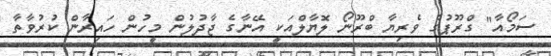
ސަމޯއާ" ގްރޫޕުގެ ވެރިޔާ ބްރޫނޯ ލޮޔާލްއަކީ އޭނާގެ ޖާދުލުން މީހުން ހައިރާން ކުރުވާތާ